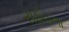
રાઠોડના